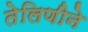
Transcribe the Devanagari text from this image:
तेलिणीने